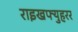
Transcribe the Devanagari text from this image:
राइखफ्युहरर